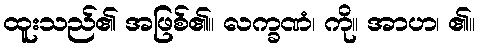
ထူးသည်၏ အဖြစ်၏။ လက္ခဏံ၊ ကို။ အာဟ၊ ၏။